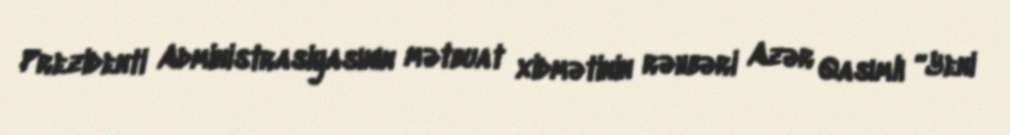
Prezidenti Administrasiyasının mətbuat xidmətinin rəhbəri Azər Qasımlı “Yeni